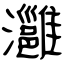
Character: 灉